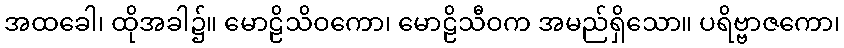
အထခေါ၊ ထိုအခါ၌။ မောဠိသိဝကော၊ မောဠိသီဝက အမည်ရှိသော။ ပရိဗ္ဗာဇကော၊